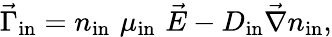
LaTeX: \vec{\Gamma}_{\mathrm{in}}=n_{\mathrm{in}}\, \, \mu_{\mathrm{in}}\, \, \vec{E}-D_{\mathrm{in}}\vec{\nabla}n_{\mathrm{in}},